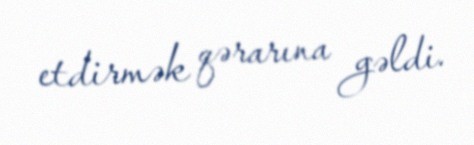
etdirmək qərarına gəldi.